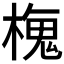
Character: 𬄒